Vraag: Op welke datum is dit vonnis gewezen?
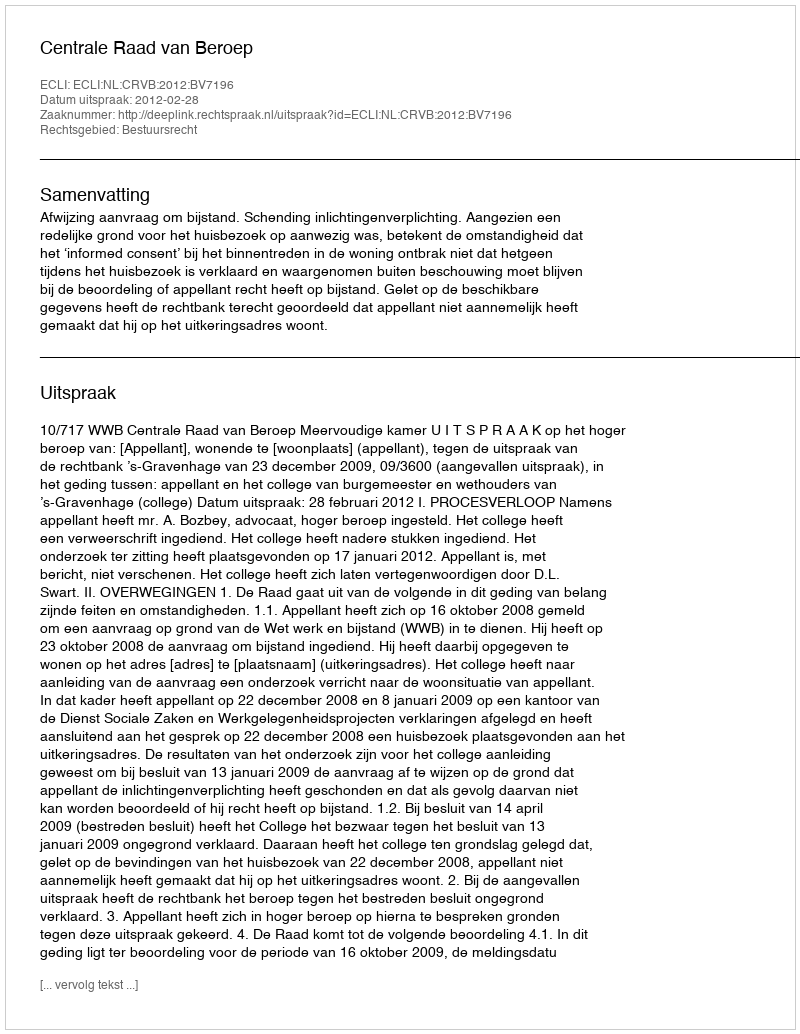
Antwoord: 2012-02-28